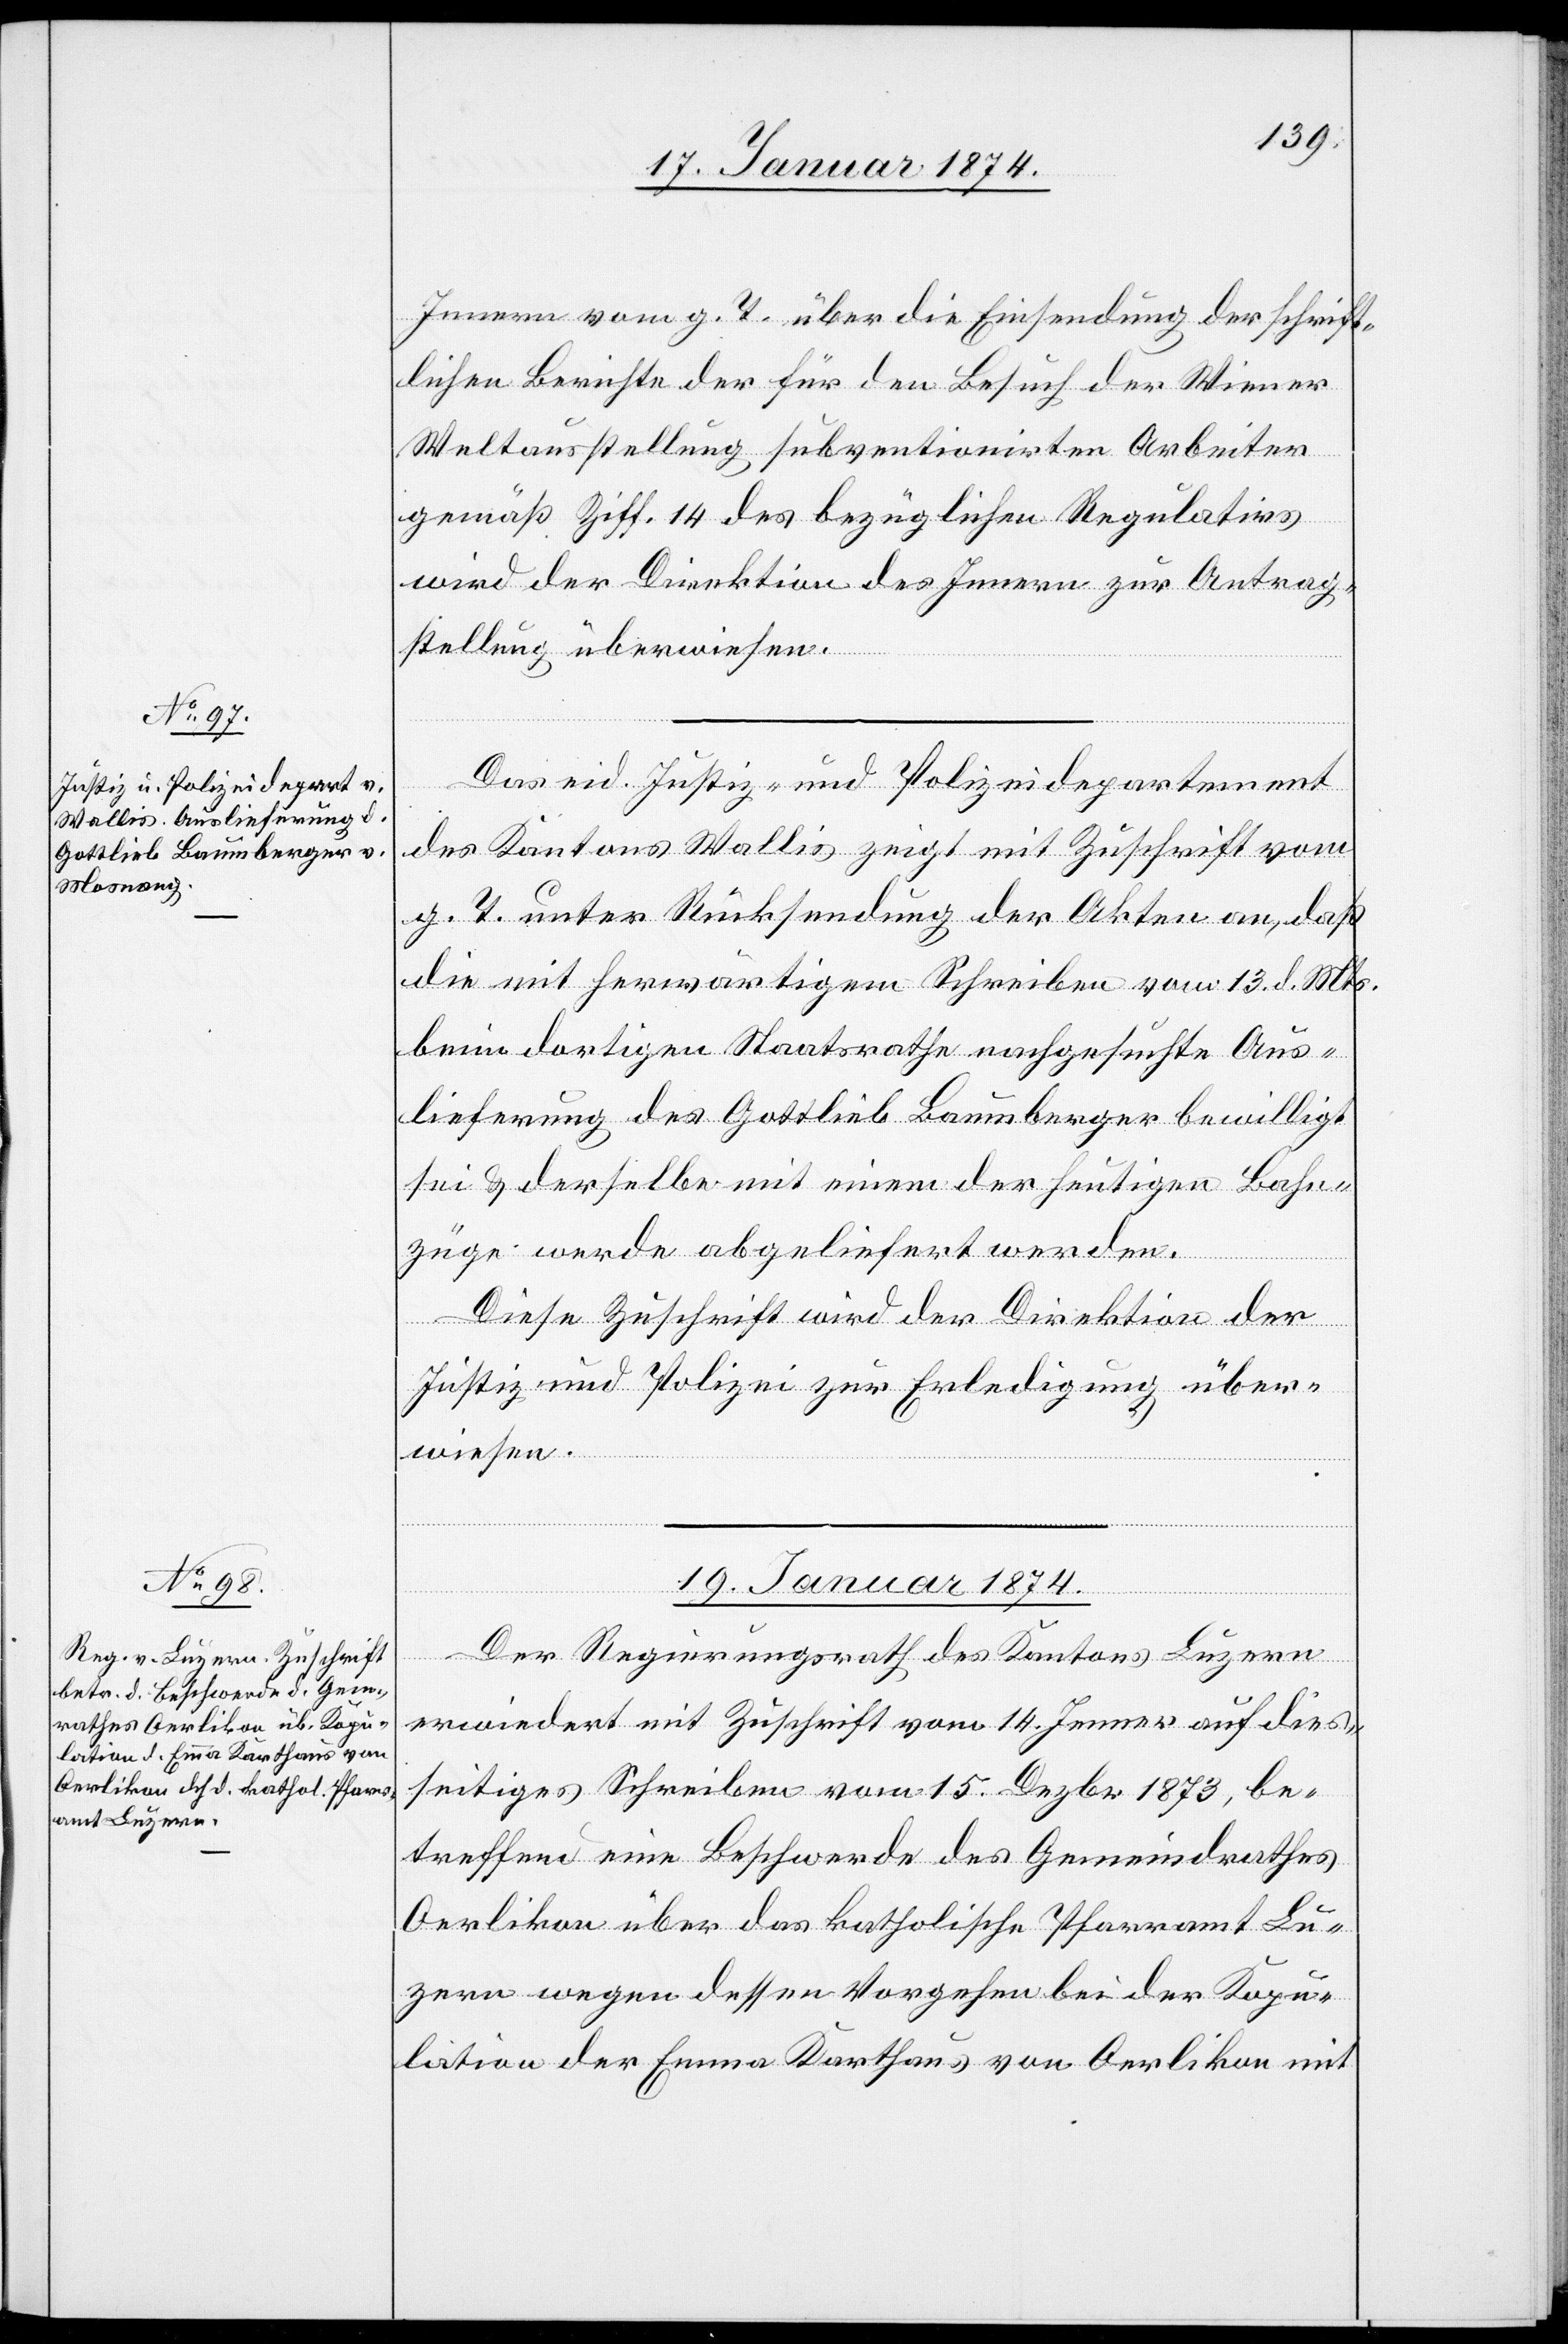
1874.
Innern vom g. T. über die Einsendung der schrift¬
lichen Berichte der für den Besuch der Wiener
Weltausstellung subventionirten Arbeiter
gemäß Ziff. 14 des bezüglichen Regulativs
wird der Direktion des Innern zur Antrag¬
stellung überwiesen.
Das eid. Justiz- und Polizeidepartement
des Kantons Wallis zeigt mit Zuschrift vom
g. T. unter Rücksendung der Akten an, daß
die mit herwärtigem Schreiben vom 13. d. Mts.
beim dortigen Staatsrathe nachgesuchte Aus¬
lieferung des Gottlieb Baumberger bewilligt
sei & derselbe mit einem der heutigen Bahn¬
züge werde abgeliefert werden.
Diese Zuschrift wird der Direktion der
Justiz und Polizei zur Erledigung über¬
wiesen.
Der Regierungsrath des Kantons Luzern
erwiedert mit Zuschrift vom 14. Jenner auf dies¬
seitiges Schreiben vom 15. Dezbr. 1873, be¬
treffend eine Beschwerde des Gemeindrathes
Oerlikon über das katholische Pfarramt Lu¬
zern wegen dessen Vorgehen bei der Kopu¬
lation der Emma Karthaus von Oerlikon mit